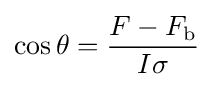
\cos \theta ={\frac {F-F_{\text{b}}}{I\sigma }}